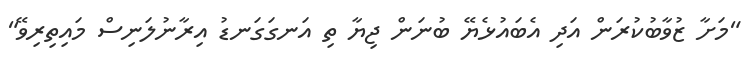
"މަށާ ޒުވާބުކުރަން އަދި އެބައުޅެޔޭ ބުނަން ޖިޔާ ތި އަނގަގަނޑު އިރާނުލަނިސް މައިތިރިވޭ"